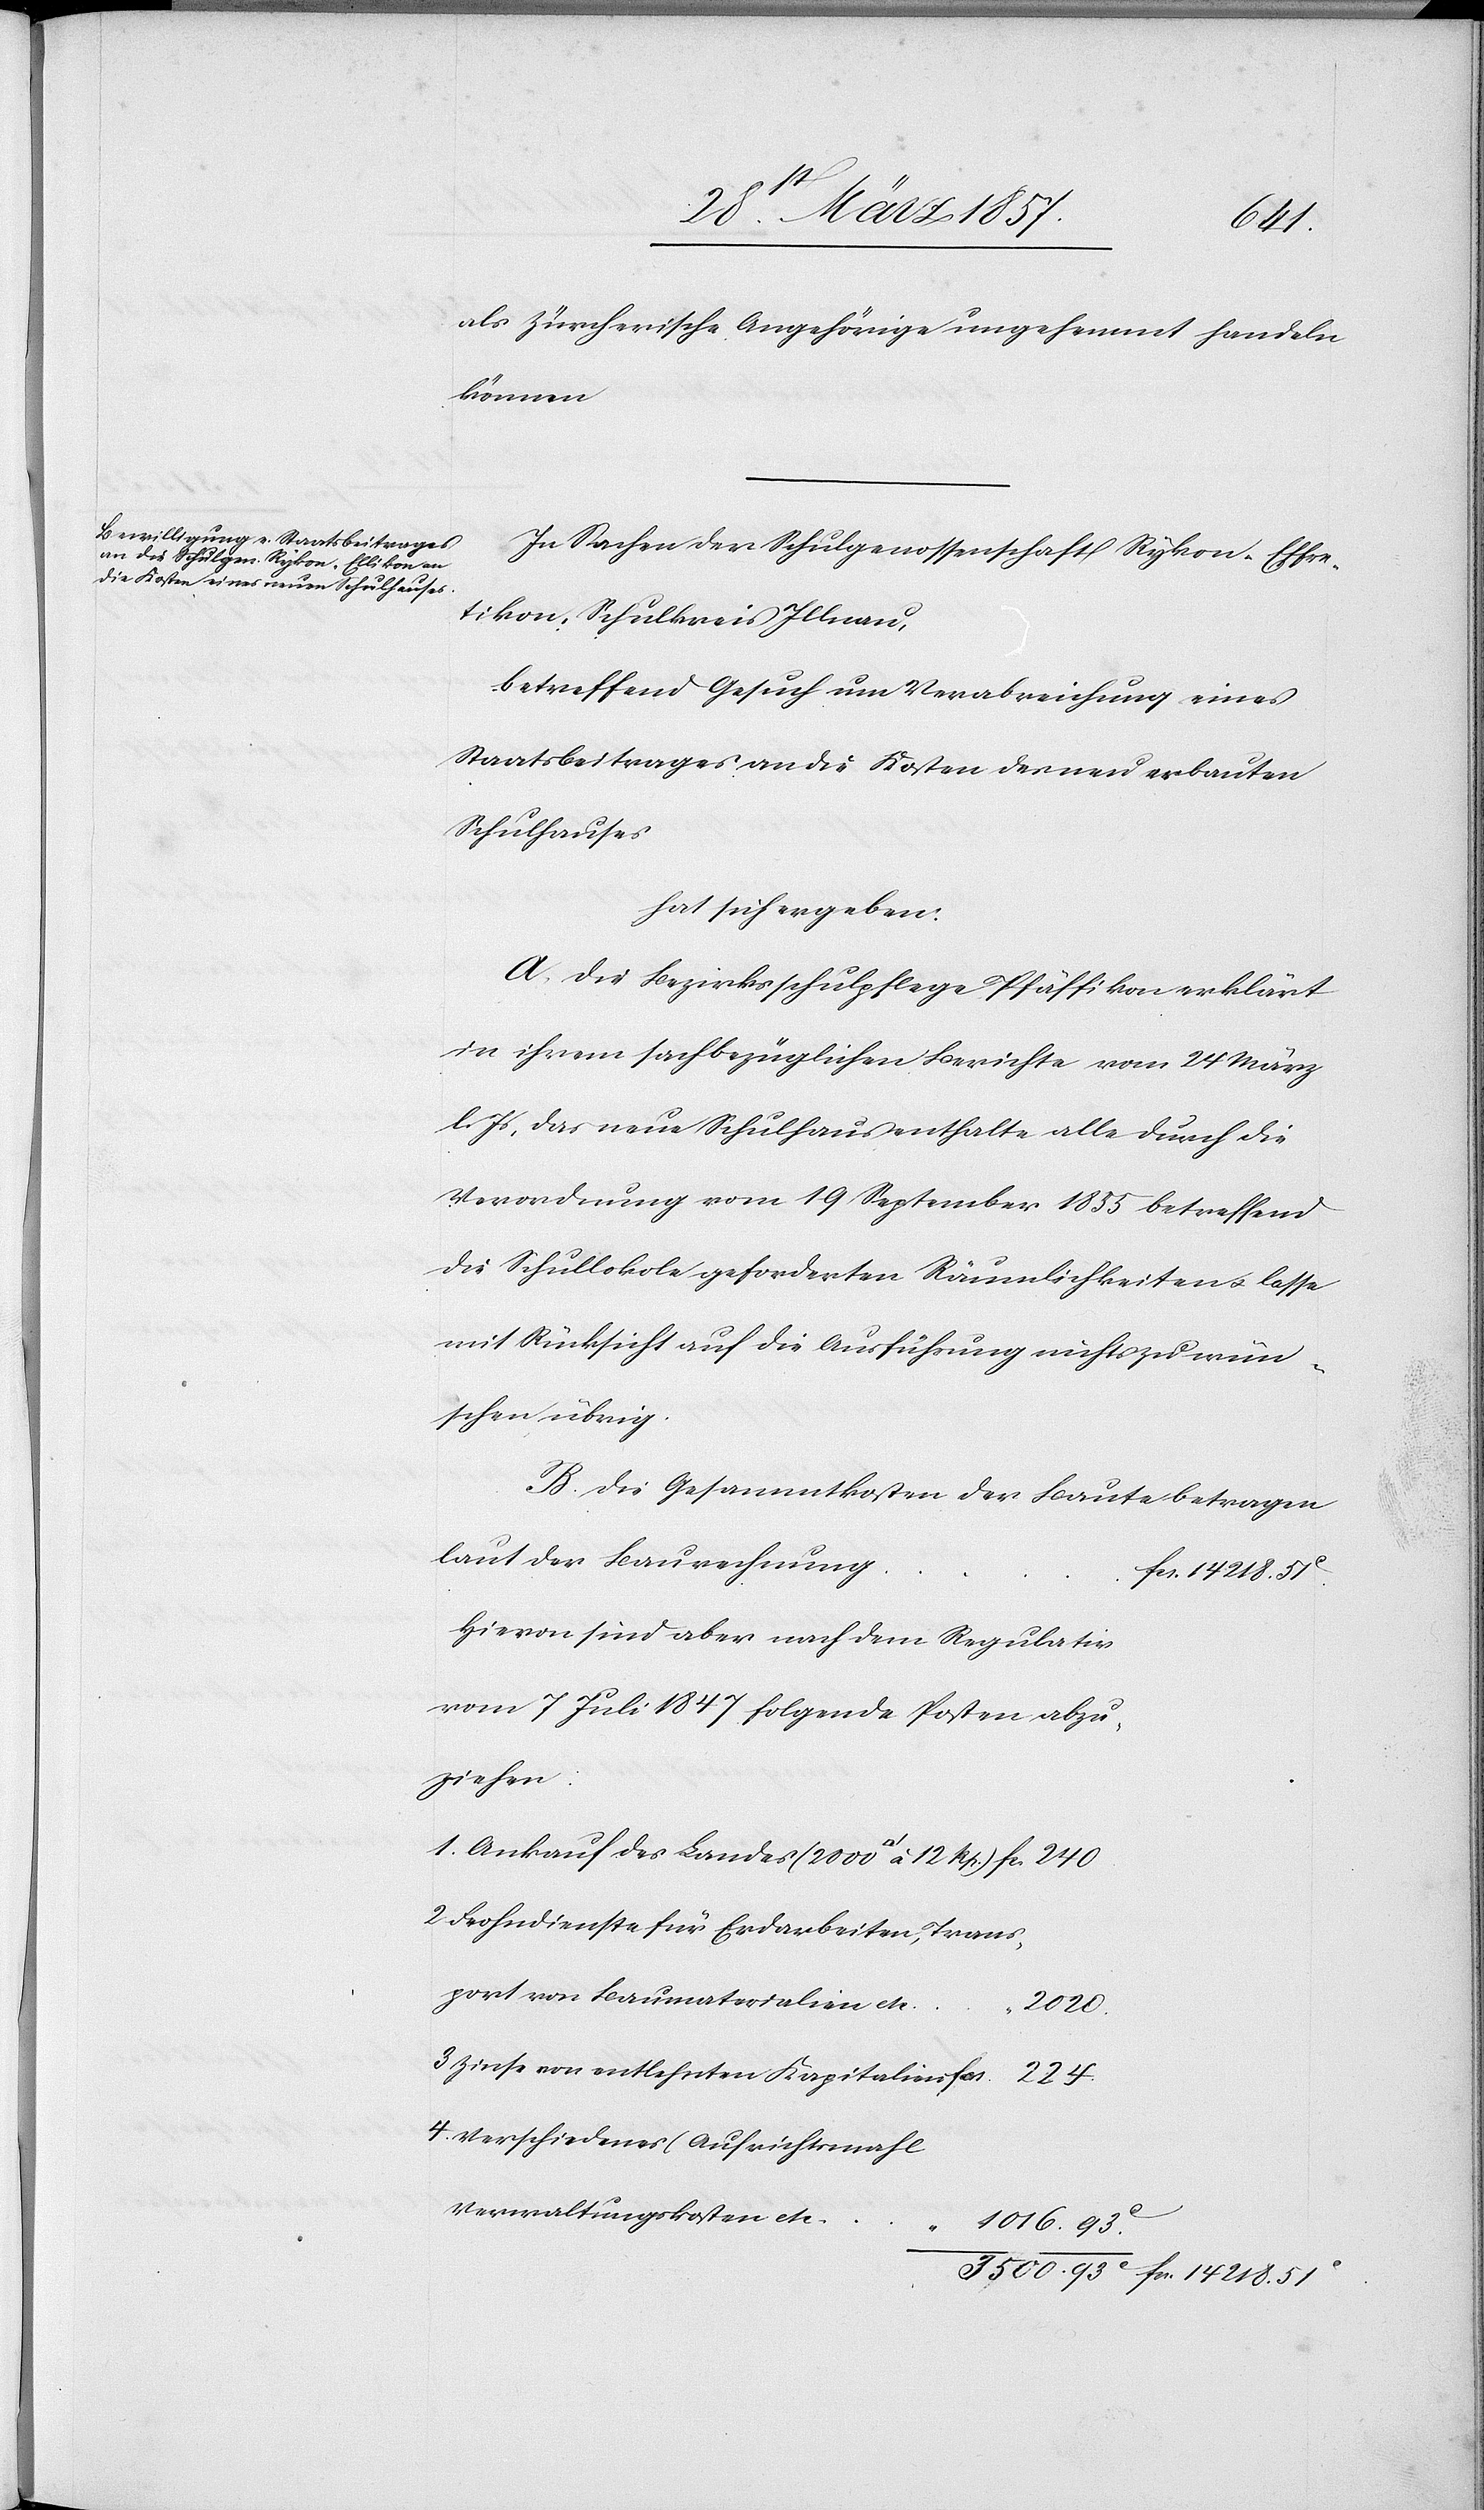
als Zürcherische Angehörige ungehemmt handeln
können.
In Sachen der Schulgenossenschaft Rykon-Effre¬
tikon, Schulkreis Illnau,
betreffend Gesuch um Verabreichung eines
Staatsbeitrages an die Kosten des neu erbauten
Schulhauses
hat sich ergeben:
A. Die Bezirksschulpflege Pfäffikon erklärt
in ihrem sachbezüglichen Berichte vom 24 März
l. Js, das neue Schulhaus enthalte alle durch die
Verordnung vom 19 September 1855 betreffend
die Schullokale geforderten Räumlichkeiten u. lasse
mit Rücksicht auf die Ausführung nichts zu wün¬
schen übrig.
B. Die Gesamtkosten der Bauten betragen
laut der Baurechnung
Hievon sind aber nach dem Regulativ
vom 7 Juli 1847 folgende Posten abzu¬
ziehen:
1. Ankauf des Landes (2000 [Quadratfuss] à 12
2. Frohndienste für Erdarbeiten, Trans¬
port von Baumaterialien etc.
1016.
3 Zinse von entlehnten Kapitalien
4. Verschiedenes (Aufrichtsmahl,
Verwaltungskosten etc)
51.